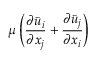
\mu \left( \frac { { \partial } \Bar { u } _ { i } } { { \partial } x _ { j } } + \frac { { \partial } \Bar { u } _ { j } } { { \partial } x _ { i } } \right)